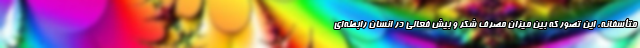
متأسفانه، این تصور که بین میزان مصرف شکر و بیش فعالی در انسان رابطه‌ای